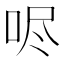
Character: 𫩺